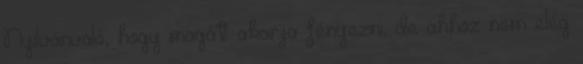
Nyilvánvaló, hogy magát akarja fényezni, de ahhoz nem elég